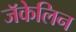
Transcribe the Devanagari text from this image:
जॅकेलिन